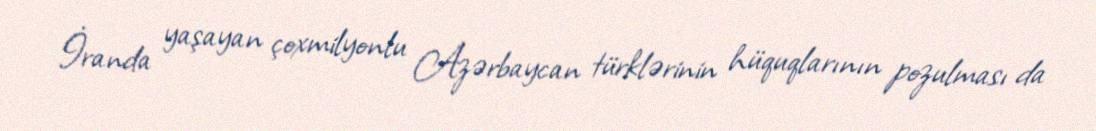
İranda yaşayan çoxmilyonlu Azərbaycan türklərinin hüquqlarının pozulması da